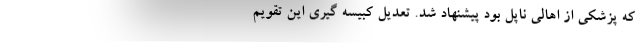
که پزشکی از اهالی ناپل بود پیشنهاد شد. تعدیل کبیسه گیری این تقویم